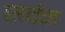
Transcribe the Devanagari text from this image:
सर्वन